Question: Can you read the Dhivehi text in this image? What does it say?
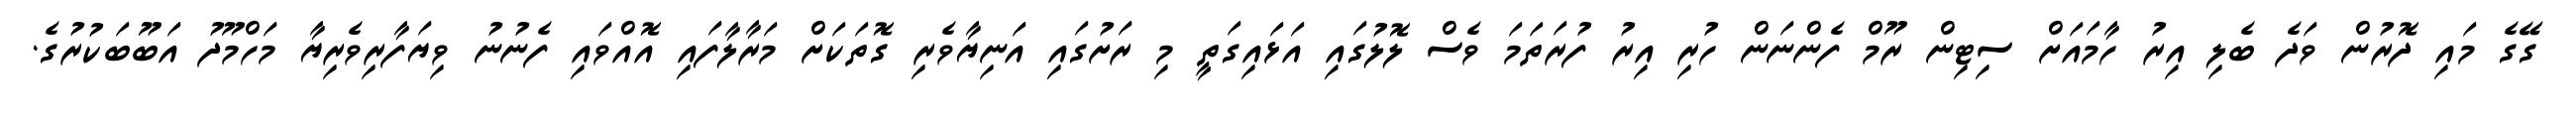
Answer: ގޭގެ މައި ދޮރުން ވަދެ ބެލި އިރު ހާމައަށް ސިޓިން ރޫމް ފެންނަން ހުރި އިރު ފުރަތަމަ ވެސް ލޮލުގައި އަޅައިގަތީ މި ރަށުގައި އަނިޔާވެރި ގޮތަކަށް މަރާލާފައި އޮއްވައި ފެނުނު ވިޔަފާރިވެރިޔާ މަހްމޫދު އަބޫބަކުރުގެ.